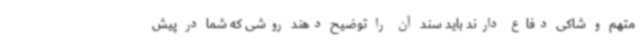
متهم و شاکی دفاع دارند باید سند آن را توضیح دهند روشی که شما در پیش